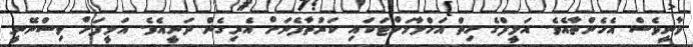
ވާނީވެސް އެހެންތާއެވެ. އަލީފްގެ ހިތް އަހްލާމަށްޓަކައި ކަރުތާފެނަށް އެރިގެން ދަނީއެވެ. އަލީފަށް ވިސްނޭނީ